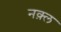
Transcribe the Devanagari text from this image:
नक़्ल